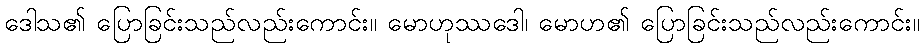
ဒေါသ၏ ပြောခြင်းသည်လည်းကောင်း။ မောဟုဿဒေါ၊ မောဟ၏ ပြောခြင်းသည်လည်းကောင်း။